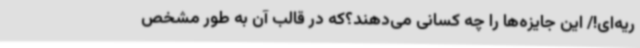
ریه‌ای!/ این جایزه‌ها را چه کسانی می‌دهند؟که در قالب آن به طور مشخص